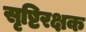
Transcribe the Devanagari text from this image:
सृष्टिरक्षक